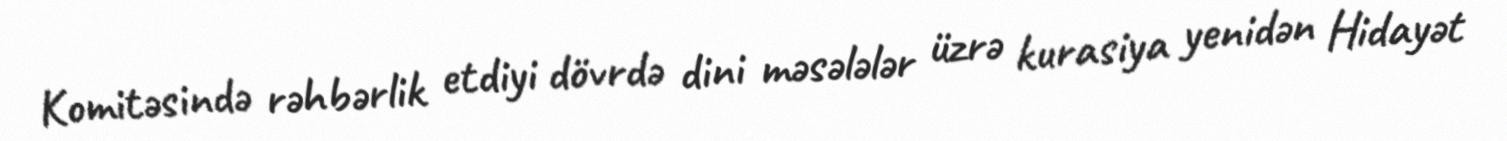
Komitəsində rəhbərlik etdiyi dövrdə dini məsələlər üzrə kurasiya yenidən Hidayət